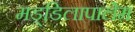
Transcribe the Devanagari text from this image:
मड्डिलापालेम